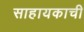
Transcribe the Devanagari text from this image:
साहायकाची